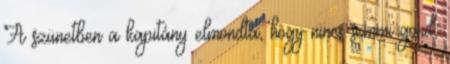
A szünetben a kapitány elmondta, hogy nincs semmi gond,